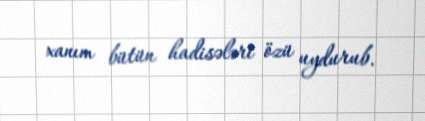
xanım bütün hadisələri özü uydurub.